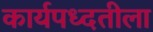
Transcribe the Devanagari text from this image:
कार्यपध्दतीला